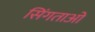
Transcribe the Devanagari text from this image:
सिंगताओ